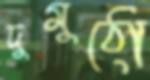
দুমুঠো